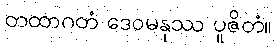
တထာဂတံ ဒေဝမနုဿ ပူဇိတံ။